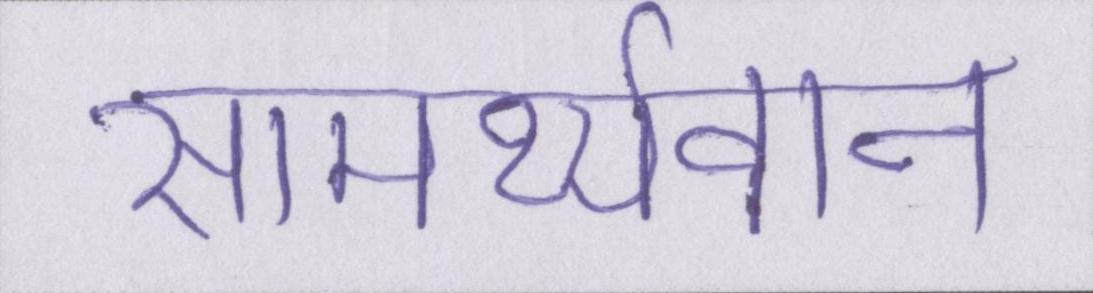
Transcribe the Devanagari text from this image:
सामर्थ्यवान